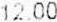
12.00